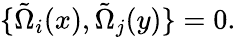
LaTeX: \{ \tilde{\Omega}_{i}(x),\tilde{\Omega}_{j}(y)\} =0.